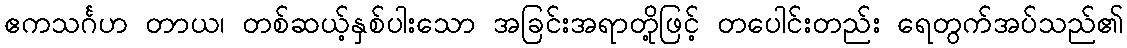
ဧကသင်္ဂဟ တာယ၊ တစ်ဆယ့်နှစ်ပါးသော အခြင်းအရာတို့ဖြင့် တပေါင်းတည်း ရေတွက်အပ်သည်၏